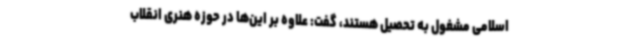
اسلامی مشغول به تحصیل هستند، گفت: علاوه بر این‌ها در حوزه هنری انقلاب